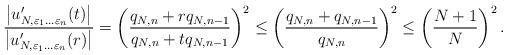
LaTeX: \begin{align*}\frac{\left| u'_{N,\varepsilon_1 \ldots \varepsilon_n}(t) \right|}{\left| u'_{N,\varepsilon_1 \ldots \varepsilon_n}(r) \right|} =\left(\frac{q_{N,n}+r q_{N,n-1}}{ q_{N,n}+t q_{N,n-1} }\right)^2 \leq\left(\frac{q_{N,n} + q_{N,n-1}}{ q_{N,n}}\right)^2 \leq \left( \frac{N+1}{N} \right)^2.\end{align*}